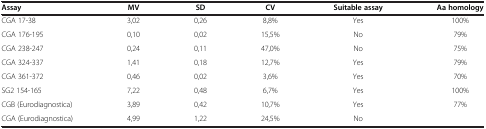
<table><thead><tr><td><b>Assay</b></td><td><b>MV</b></td><td><b>SD</b></td><td><b>CV</b></td><td><b>Suitable assay</b></td><td><b>Aa homology</b></td></tr></thead><tbody><tr><td>CGA 17-38</td><td>3,02</td><td>0,26</td><td>8,8%</td><td>Yes</td><td>100%</td></tr><tr><td>CGA 176-195</td><td>0,10</td><td>0,02</td><td>15,5%</td><td>No</td><td>79%</td></tr><tr><td>CGA 238-247</td><td>0,24</td><td>0,11</td><td>47,0%</td><td>No</td><td>75%</td></tr><tr><td>CGA 324-337</td><td>1,41</td><td>0,18</td><td>12,7%</td><td>Yes</td><td>79%</td></tr><tr><td>CGA 361-372</td><td>0,46</td><td>0,02</td><td>3,6%</td><td>Yes</td><td>70%</td></tr><tr><td>SG2 154-165</td><td>7,22</td><td>0,48</td><td>6,7%</td><td>Yes</td><td>100%</td></tr><tr><td>CGB (Eurodiagnostica)</td><td>3,89</td><td>0,42</td><td>10,7%</td><td>Yes</td><td>77%</td></tr><tr><td>CGA (Eurodiagnostica)</td><td>4,99</td><td>1,22</td><td>24,5%</td><td>No</td><td> </td></tr></tbody></table>